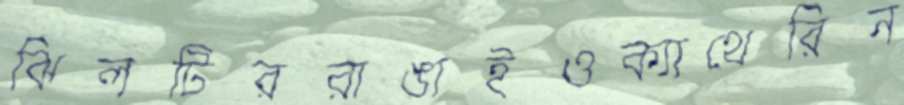
ঝিলটিররাঙাইওক্যাথেরিন